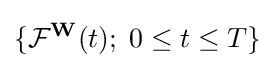
\{{\mathcal {F}}^{\mathbf {W} }(t);\;0\leq t\leq T\}